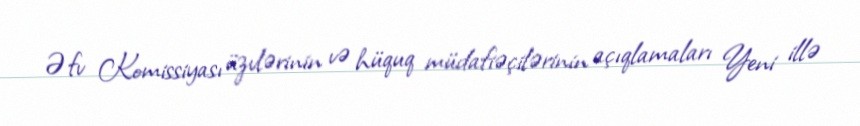
Əfv Komissiyası üzvlərinin və hüquq müdafiəçilərinin açıqlamaları Yeni illə